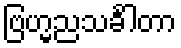
ဗြဟ္မညသင်္ခါတာ